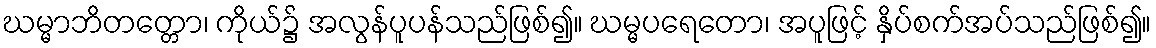
ဃမ္မာဘိတတ္တော၊ ကိုယ်၌ အလွန်ပူပန်သည်ဖြစ်၍။ ဃမ္မပရေတော၊ အပူဖြင့် နှိပ်စက်အပ်သည်ဖြစ်၍။